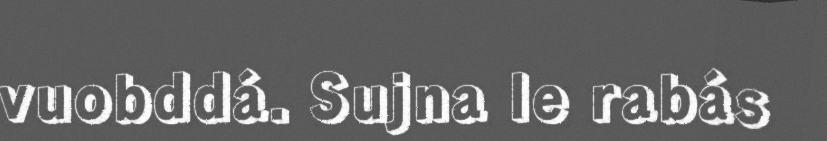
vuobddá. Sujna le rabás